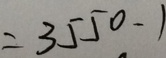
= 3 5 5 0 - 1